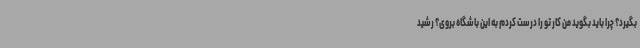
بگیرد؟ چرا باید بگوید من کار تو را درست کردم به این باشگاه بروی؟ رشید